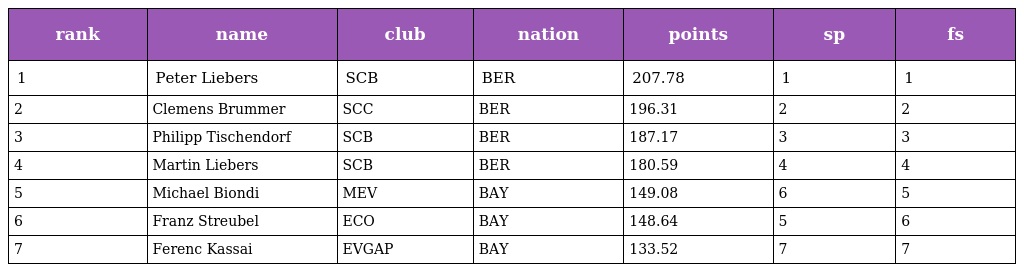
| rank | name | club | nation | points | sp | fs |
 | --- | --- | --- | --- | --- | --- | --- |
 | 1 | Peter Liebers | SCB | BER | 207.78 | 1 | 1 |
 | 2 | Clemens Brummer | SCC | BER | 196.31 | 2 | 2 |
 | 3 | Philipp Tischendorf | SCB | BER | 187.17 | 3 | 3 |
 | 4 | Martin Liebers | SCB | BER | 180.59 | 4 | 4 |
 | 5 | Michael Biondi | MEV | BAY | 149.08 | 6 | 5 |
 | 6 | Franz Streubel | ECO | BAY | 148.64 | 5 | 6 |
 | 7 | Ferenc Kassai | EVGAP | BAY | 133.52 | 7 | 7 |